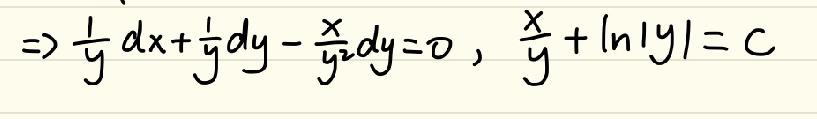
\(\Rightarrow \frac{1}{y}dx+\frac{1}{y}dy-\frac{x}{y^{2}}dy = 0\), \(\frac{x}{y}+\ln|y|=C\)